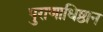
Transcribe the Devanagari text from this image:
पुराणाधिष्ठान